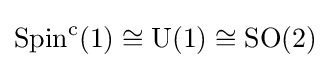
\operatorname {Spin} ^{\mathrm {c} }(1)\cong \operatorname {U} (1)\cong \operatorname {SO} (2)